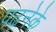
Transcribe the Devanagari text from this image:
पढ़नेके